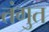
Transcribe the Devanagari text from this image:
तंगुत